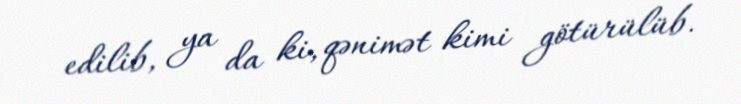
edilib, ya da ki, qənimət kimi götürülüb.